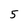
Character: 5